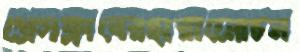
প্রেসক্লাবেরহারানেোচন